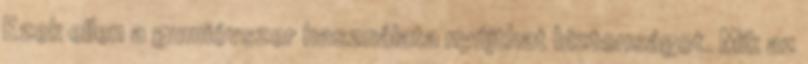
Ezek ellen a gumióvszer használata nyújthat biztonságot. Mik az